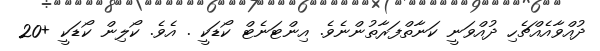
ދުއްވާއެއްޗެހި ދުއްވަނީ ކަނާތްފަރާތުންނެވެ. އިންޓަނެޓް ކޯޑަކީ . އެވެ. ކޯލިން ކޯޑަކީ +20